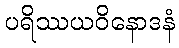
ပရိဿယဝိနောဒနံ